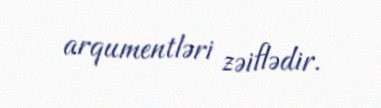
arqumentləri zəiflədir.